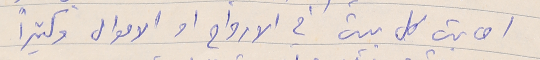
اصابت كل بيت في الارواح او الاموال وكثيرًا